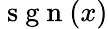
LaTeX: \mathrm{~s~g~n~}(x)